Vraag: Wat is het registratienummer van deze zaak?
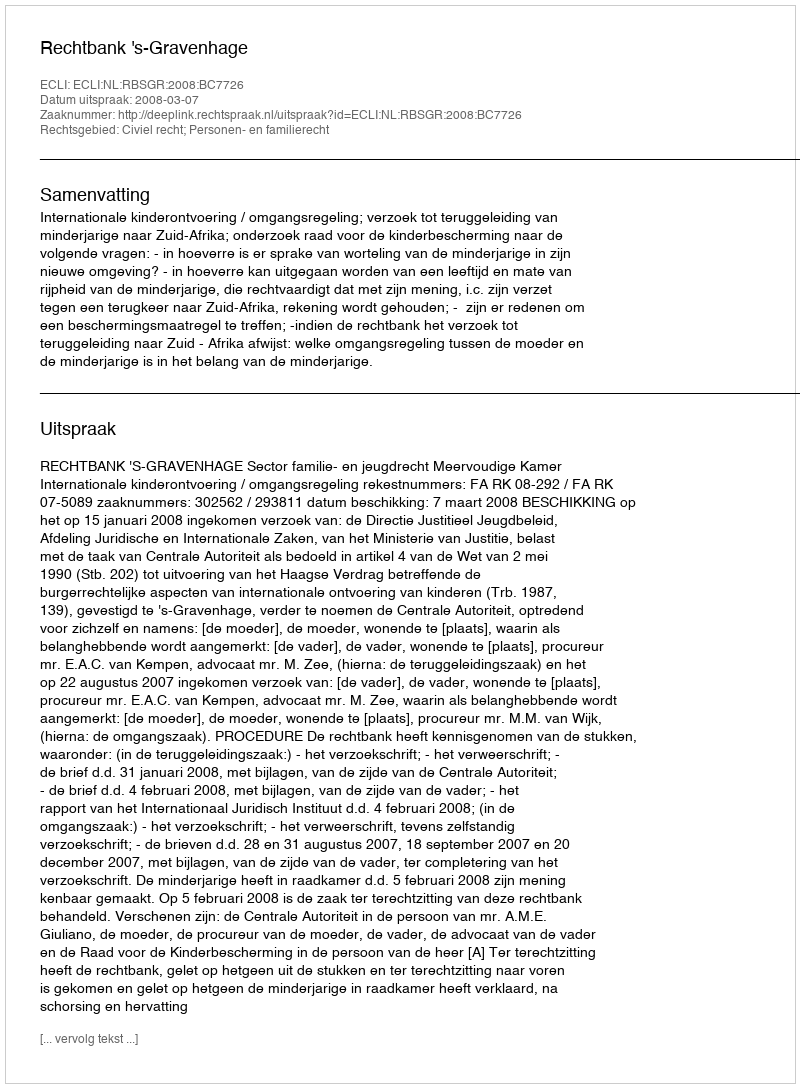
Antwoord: http://deeplink.rechtspraak.nl/uitspraak?id=ECLI:NL:RBSGR:2008:BC7726